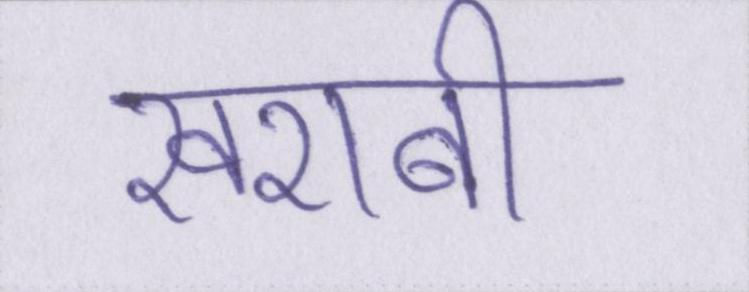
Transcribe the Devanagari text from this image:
खराबी